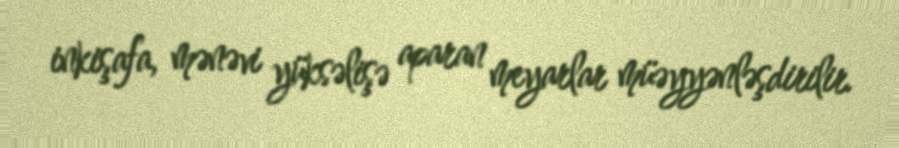
inkişafa, mənəvi yüksəlişə aparan meyarlar müəyyənləşdirilir.